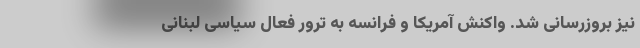
نیز بروزرسانی شد. واکنش آمریکا و فرانسه به ترور فعال سیاسی لبنانی